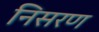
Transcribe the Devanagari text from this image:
निसरण